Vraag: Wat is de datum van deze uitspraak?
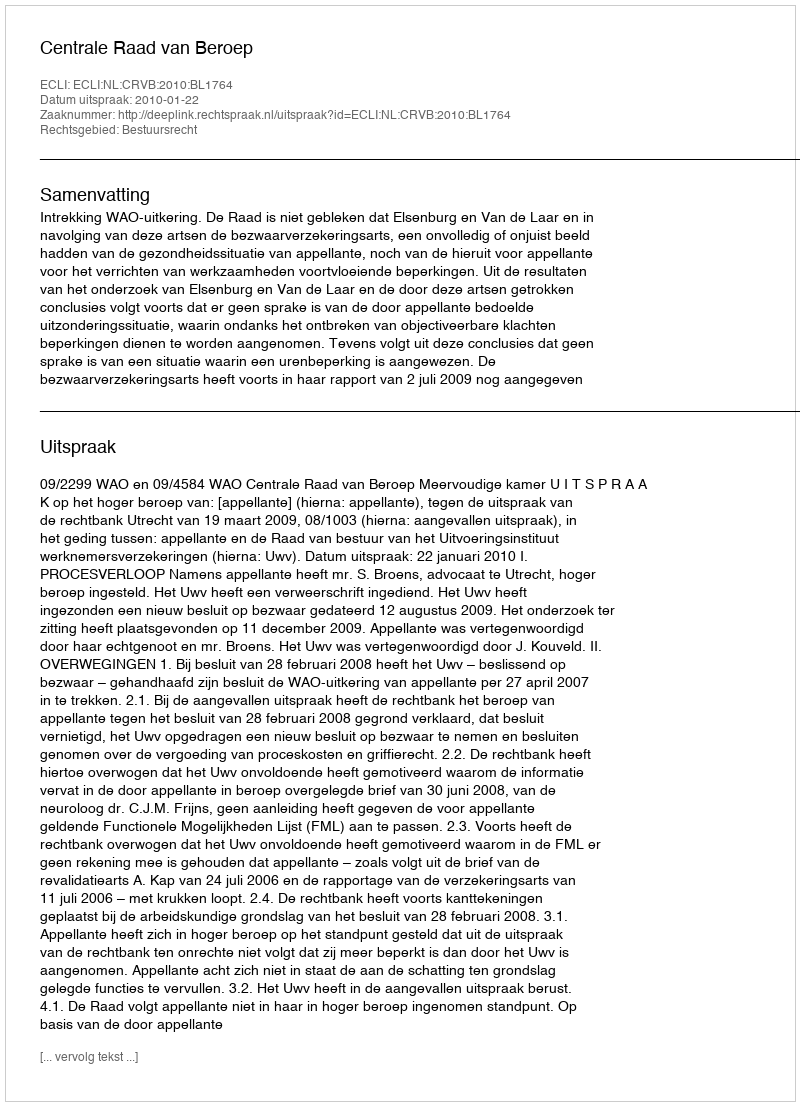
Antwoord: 2010-01-22